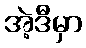
အဲ့ဒီမှာ